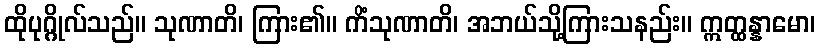
ထိုပုဂ္ဂိုလ်သည်။ သုဏာတိ၊ ကြား၏။ ကိံသုဏာတိ၊ အဘယ်သို့ကြားသနည်း။ ဣတ္ထန္နာမော၊